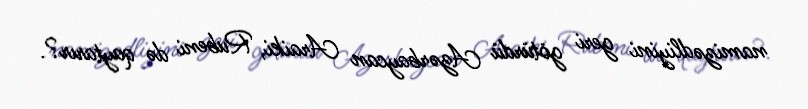
namizədliyini geri götürdü Azərbaycan Araiki, Rubeni də qaytarır?.